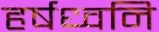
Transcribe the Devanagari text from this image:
हर्षध्वनि